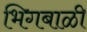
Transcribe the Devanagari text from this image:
भिगबाळी